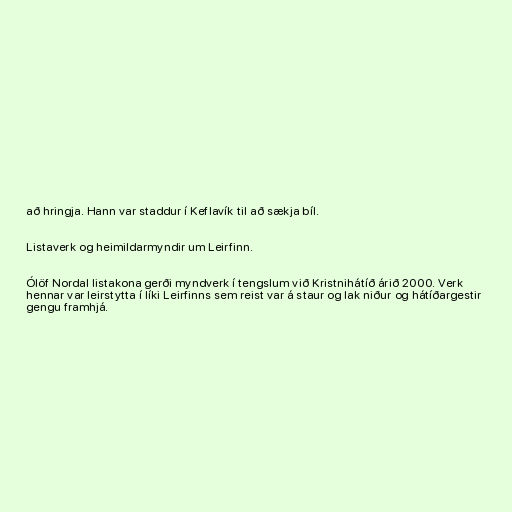
að hringja. Hann var staddur í Keflavík til að sækja bíl.

Listaverk og heimildarmyndir um Leirfinn.

Ólöf Nordal listakona gerði myndverk í tengslum við Kristnihátíð árið 2000. Verk
hennar var leirstytta í líki Leirfinns sem reist var á staur og lak niður og hátíðargestir
gengu framhjá.